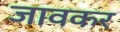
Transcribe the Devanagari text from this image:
जावकर